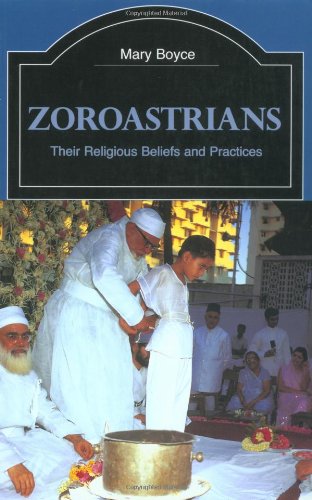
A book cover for Zoroastrians: Their Religious Beliefs and Practices (The Library of Religious Beliefs and Practices); Mary Boyce; Religion & Spirituality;